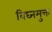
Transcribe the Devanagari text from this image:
विघ्नमुक्त